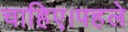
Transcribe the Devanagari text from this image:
चाहिए।पहले